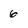
Character: 6